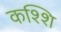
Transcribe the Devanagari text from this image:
कश्शि